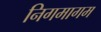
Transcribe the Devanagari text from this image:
निगमागम